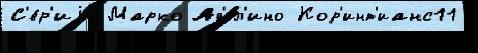
С'е́р'иjи Марко Ад'ел'ино Кор'инт'ианс11